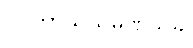
ဝပကာသသမဏသုခါ